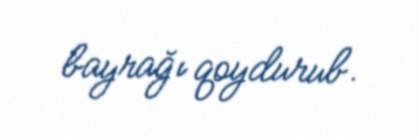
bayrağı qoydurub.